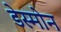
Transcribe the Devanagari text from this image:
डेस्मोन